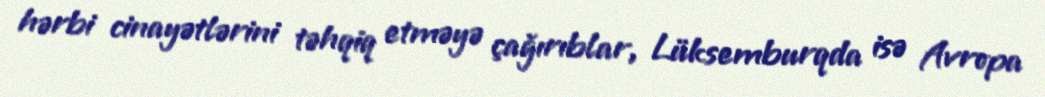
hərbi cinayətlərini təhqiq etməyə çağırıblar, Lüksemburqda isə Avropa